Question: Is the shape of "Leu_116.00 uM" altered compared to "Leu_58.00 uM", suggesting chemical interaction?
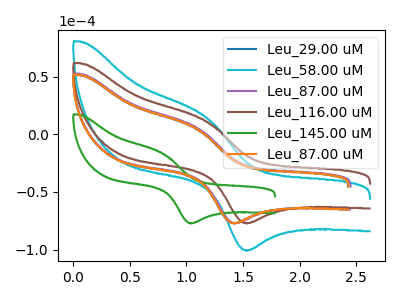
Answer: <think>The blue curve "Leu_29.00 uM" has an anodic peak at (1.10V, 4.80uA) and a cathodic peak at (1.45V, -76.95uA). The cyan curve "Leu_58.00 uM" has an anodic peak at (1.15V, 14.90uA) and a cathodic peak at (1.55V, -100.50uA). The purple curve "Leu_87.00 uM" has an anodic peak at (1.10V, 5.55uA) and a cathodic peak at (1.45V, -76.95uA). The brown curve "Leu_116.00 uM" has an anodic peak at (1.15V, 11.40uA) and a cathodic peak at (1.55V, -76.90uA). The green curve "Leu_145.00 uM" has an anodic peak at (0.80V, -17.00uA) and a cathodic peak at (1.05V, -77.05uA). The orange curve "Leu_87.00 uM" has an anodic peak at (1.10V, 4.95uA) and a cathodic peak at (1.45V, -76.95uA).
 All the peaks in "Leu_116.00 uM" have a peak in "Leu_58.00 uM" at the same potential. Every peak in "Leu_116.00 uM" is lower than every peak in "Leu_58.00 uM".</think>
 <answer>No, "Leu_116.00 uM" and "Leu_58.00 uM" don't appear to be significantly different in shape</answer>
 <eval>no_change</eval>